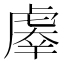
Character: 𰲤